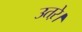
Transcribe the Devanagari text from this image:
उतऱे।